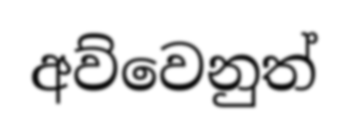
අව්වෙනුත්